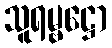
သူရမ္ဗဋ္ဌော